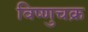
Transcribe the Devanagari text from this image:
विष्णुचक्र